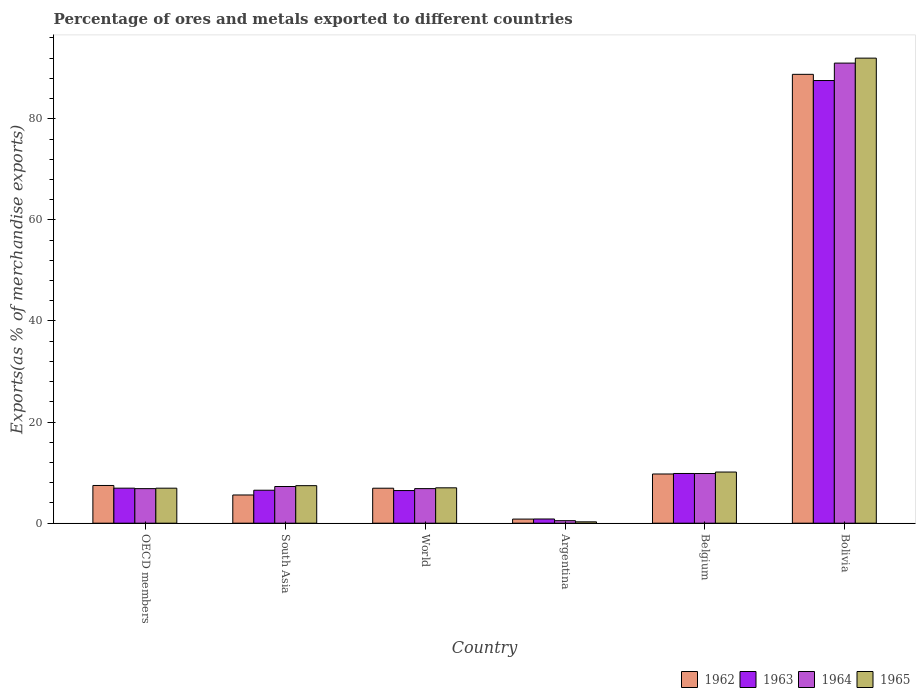
| Country | 1962 | 1963 | 1964 | 1965 |
 | --- | --- | --- | --- | --- |
 | OECD members | 7.46 | 6.93 | 6.84 | 6.93 |
 | South Asia | 5.58 | 6.52 | 7.26 | 7.42 |
 | World | 6.92 | 6.46 | 6.84 | 7 |
 | Argentina | 0.813 | 0.834 | 0.5 | 0.269 |
 | Belgium | 9.73 | 9.84 | 9.83 | 10.1 |
 | Bolivia | 88.8 | 87.6 | 91 | 92 |